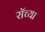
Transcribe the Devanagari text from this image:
रॉच्या